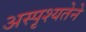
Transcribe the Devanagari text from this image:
अस्पृश्यतेने